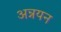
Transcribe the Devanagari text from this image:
अन्नयन